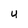
Character: U